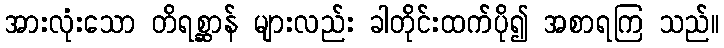
အားလုံးသော တိရစ္ဆာန် များလည်း ခါတိုင်းထက်ပို၍ အစာရကြ သည်။